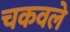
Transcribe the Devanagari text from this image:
चकवले